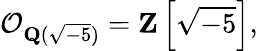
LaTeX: {\mathcal{O}}_{\mathbf{Q}({\sqrt{-5}})}=\mathbf{Z}\left[{\sqrt{-5}}\right],